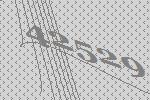
42529